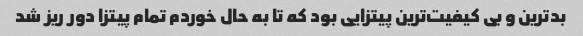
بدترین و بی کیفیت‌ترین پیتزایی بود که تا به حال خوردم تمام پیتزا دور ریز شد